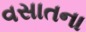
વસાતના